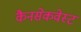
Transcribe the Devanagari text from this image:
कैनसेकवेस्ट